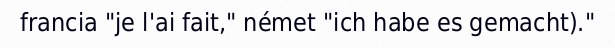
francia "je l'ai fait," német "ich habe es gemacht)."